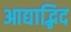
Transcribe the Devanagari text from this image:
आद्याद्भिद